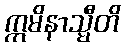
ဣမိနာသ္မီတိ